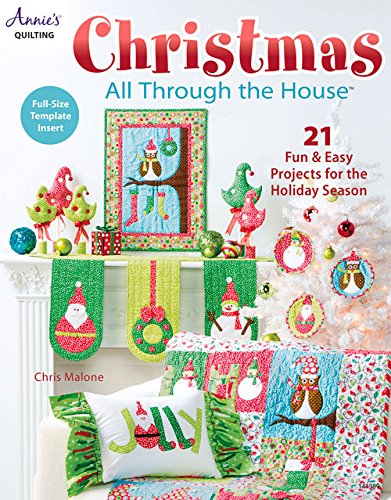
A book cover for Christmas All Through the House; Chris Malone; Crafts, Hobbies & Home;